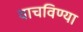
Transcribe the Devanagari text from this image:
वाचविण्या